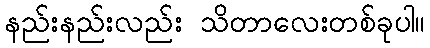
နည်းနည်းလည်း သိတာလေးတစ်ခုပါ။